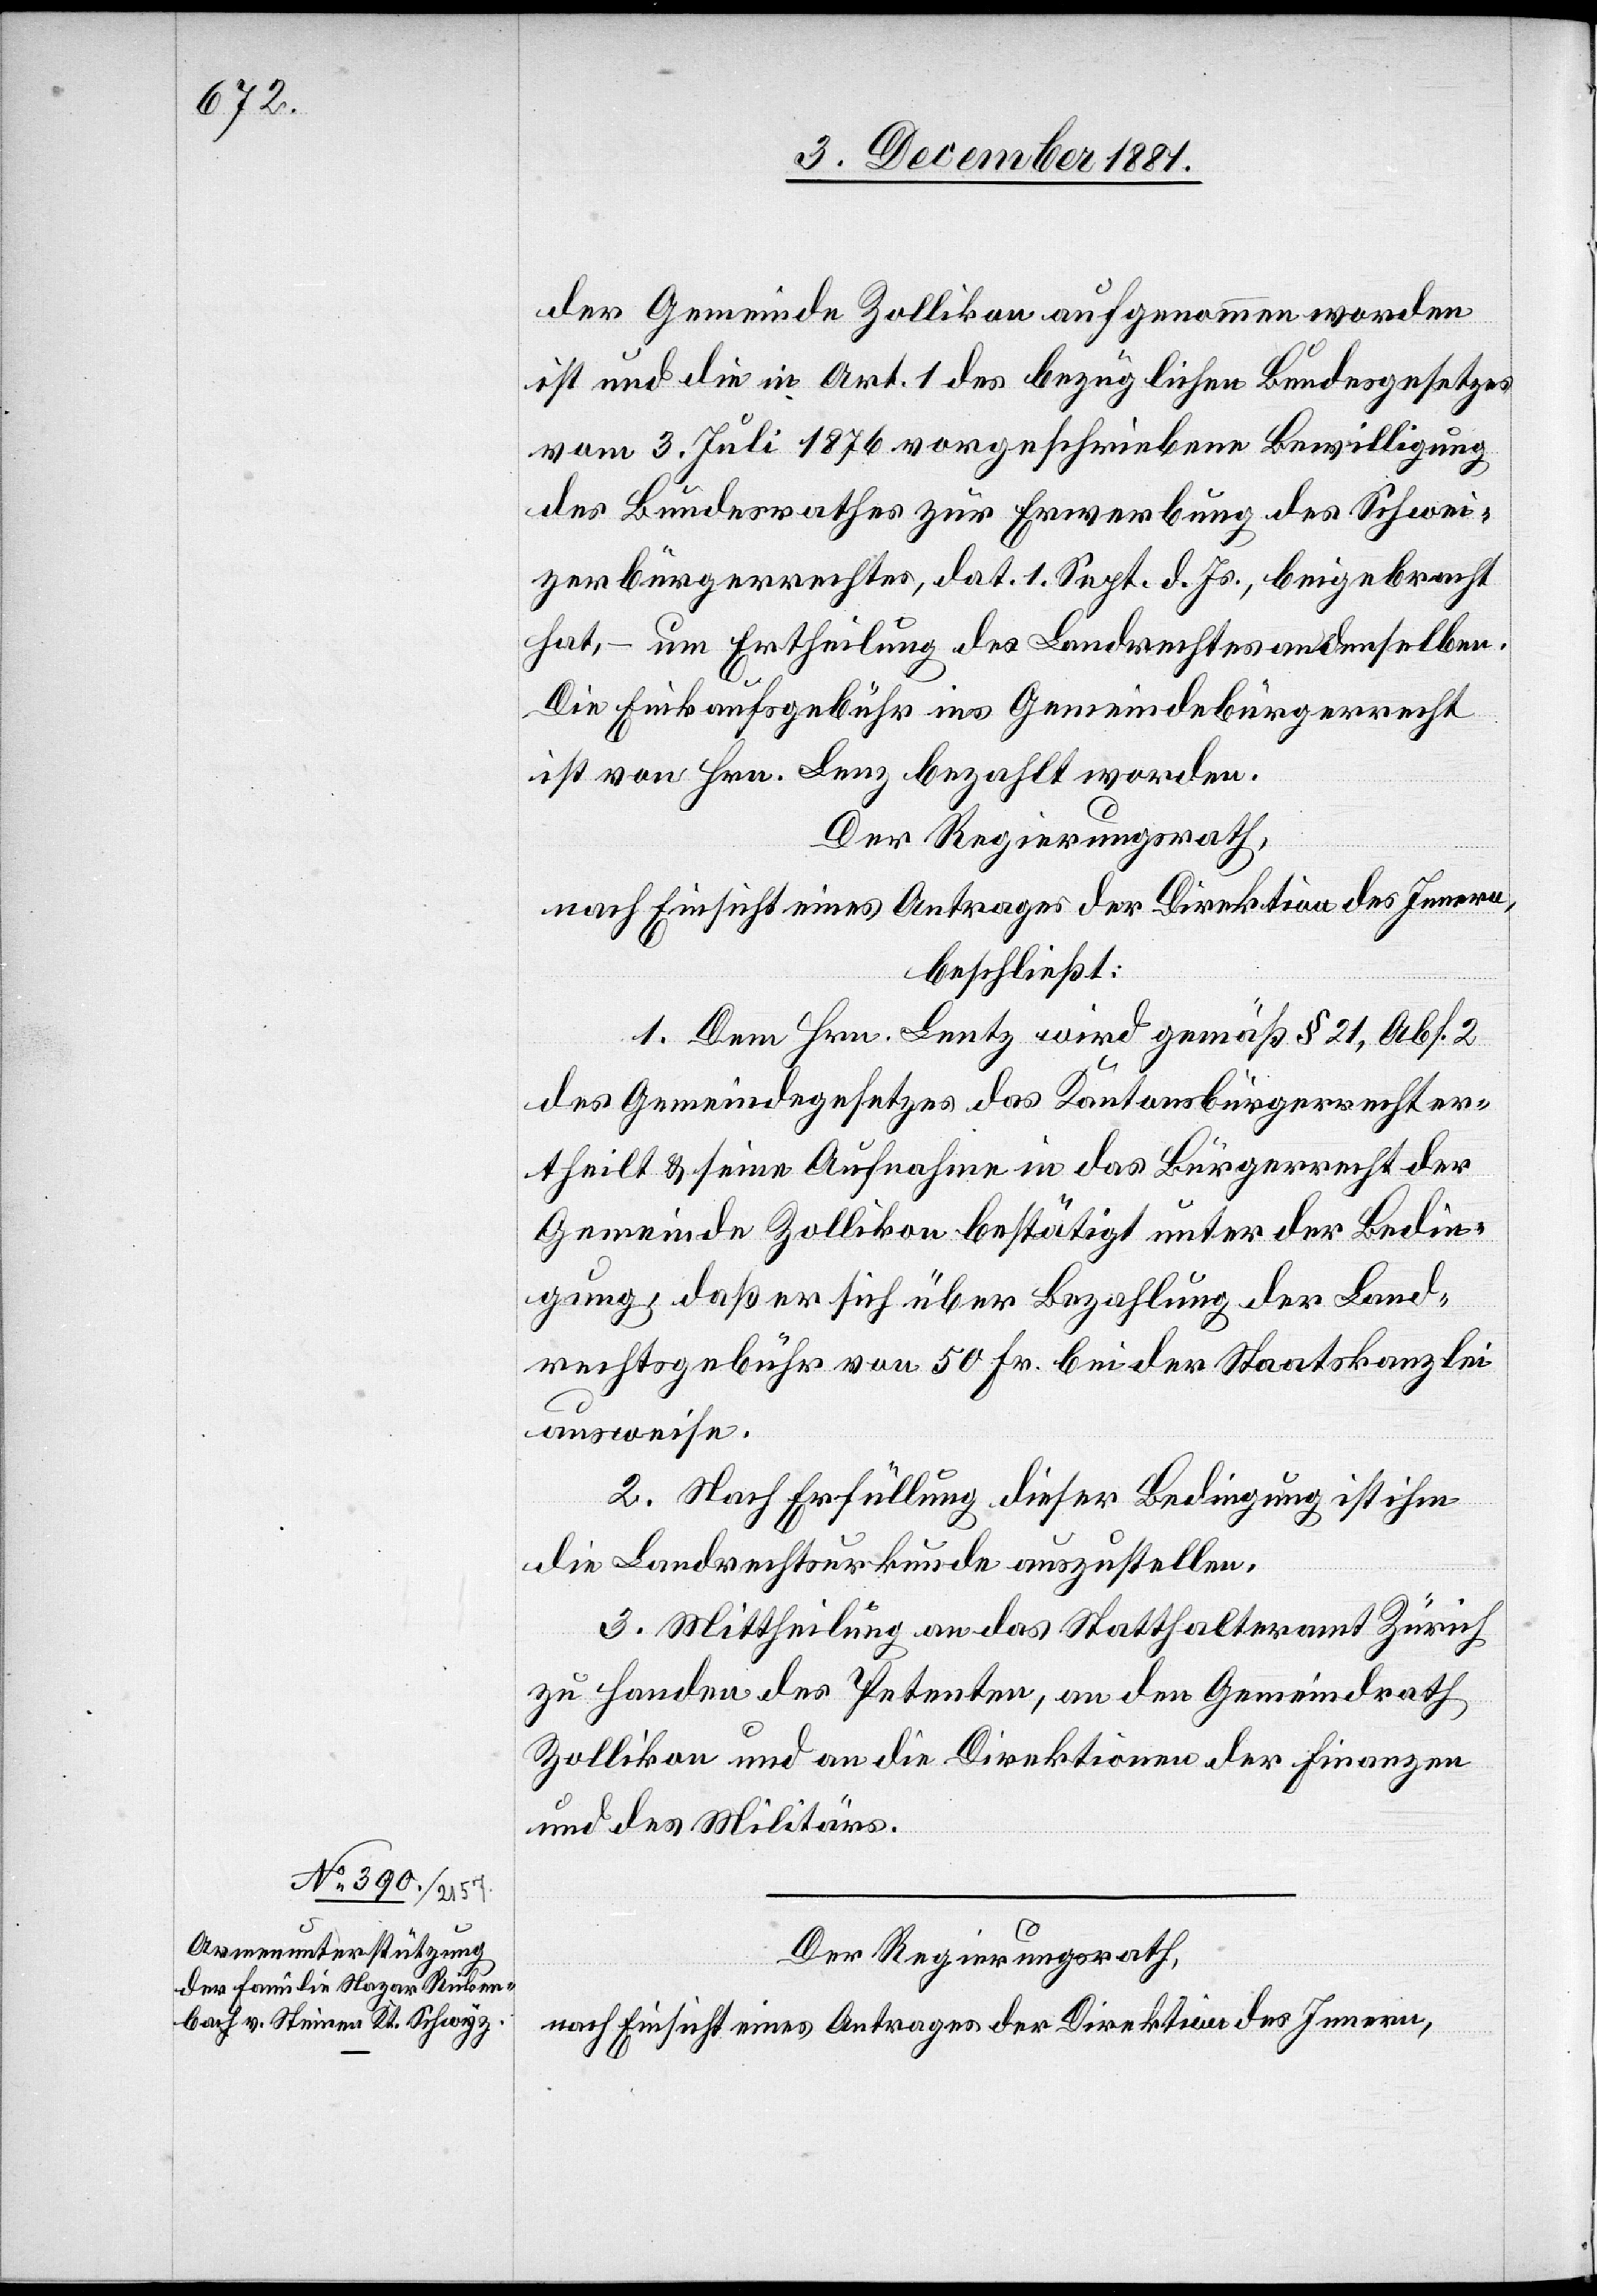
der Gemeinde Zollikon aufgenommen worden
ist und die in Art. 1 des bezüglichen Bundesgesetzes
vom 3. Juli 1876 vorgeschriebene Bewilligung
des Bundesrathes zur Erwerbung des Schwei¬
zerbürgerrechtes, dat. 1. Sept. d. Js., beigebracht
hat, – um Ertheilung des Landrechtes an denselben.
Die Einkaufsgebühr ins Gemeindebürgerrecht
ist von Hrn. Lenz bezahlt worden.
Der Regierungsrath,
nach Einsicht eines Antrages der Direktion des Innern,
beschließt:
1. Dem Hrn. Lentz wird gemäß § 21, Abs. 2
des Gemeindegesetzes das Kantonsbürgerrecht er¬
theilt & seine Aufnahme in das Bürgerrecht der
Gemeinde Zollikon bestätigt unter der Bedin¬
gung, daß er sich über Bezahlung der Land¬
rechtsgebühr von Fr. 50, bei der Staatskanzlei
ausweise.
2. Nach Erfüllung dieser Bedingung ist ihm
die Landrechtsurkunde auszustellen.
3. Mittheilung an das Statthalteramt Zürich
zu Handen des Petenten, an den Gemeindrath
Zollikon und an die Direktionen der Finanzen
und des Militärs.
Der Regierungsrath,
nach Einsicht eines Antrages der Direktion des Innern,